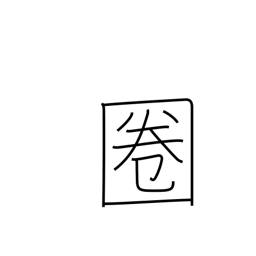
Meaning: radius